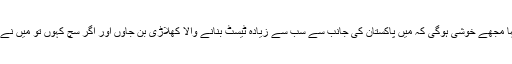
اپنے حالیہ بیان میں یونس خان نے کہا مجھے خوشی ہوگی کہ میں پاکستان کی جانب سے سب سے زیادہ ٹیسٹ بنانے والا کھلاڑی بن جاوں اور اگر سچ کہوں تو میں نے اِس حوالے سے کبھی نہیں سوچا تھا۔